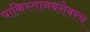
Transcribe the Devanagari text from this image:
पाकिस्तानबरोबरच